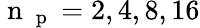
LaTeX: \mathrm{~n~}_{\mathrm{~p~}}=2,4,8,16